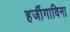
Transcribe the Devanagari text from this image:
हर्जीगाविना